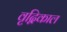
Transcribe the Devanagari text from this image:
वृद्विकाल